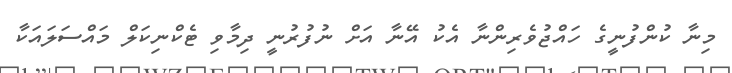
މިނާ ކުންފުނީގެ ހައްޖުވެރިންނާ އެކު އޭނާ އަށް ނުފުރުނީ ދިމާވި ޓެކްނިކަލް މައްސަލައަކާ